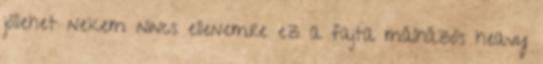
jóllehet nekem nincs ellenemre ez a fajta málházós heavy